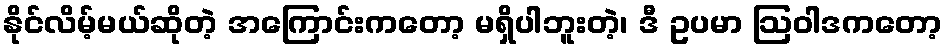
နိုင်လိမ့်မယ်ဆိုတဲ့ အကြောင်းကတော့ မရှိပါဘူးတဲ့၊ ဒီ ဥပမာ ဩဝါဒကတော့